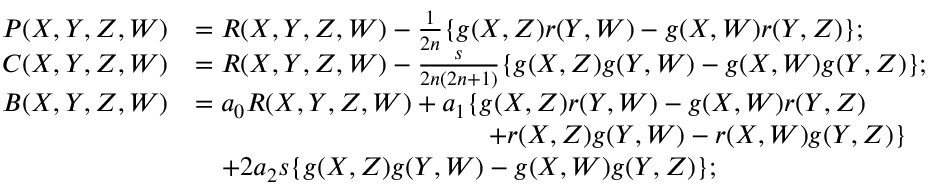
\begin{array} { r l } { P ( X , Y , Z , W ) } & { = R ( X , Y , Z , W ) - \frac { 1 } { 2 n } \{ g ( X , Z ) r ( Y , W ) - g ( X , W ) r ( Y , Z ) \} ; } \\ { C ( X , Y , Z , W ) } & { = R ( X , Y , Z , W ) - \frac { s } { 2 n ( 2 n + 1 ) } \{ g ( X , Z ) g ( Y , W ) - g ( X , W ) g ( Y , Z ) \} ; } \\ { B ( X , Y , Z , W ) } & { = a _ { 0 } R ( X , Y , Z , W ) + a _ { 1 } \{ g ( X , Z ) r ( Y , W ) - g ( X , W ) r ( Y , Z ) } \\ & { \qquad \qquad \qquad \qquad \qquad \quad + r ( X , Z ) g ( Y , W ) - r ( X , W ) g ( Y , Z ) \} } \\ & { \quad + 2 a _ { 2 } s \{ g ( X , Z ) g ( Y , W ) - g ( X , W ) g ( Y , Z ) \} ; } \end{array}